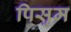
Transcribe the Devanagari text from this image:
पिसुम